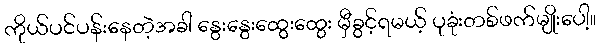
ကိုယ်ပင်ပန်းနေတဲ့အခါ နွေးနွေးထွေးထွေး မှီခွင့်ရမယ့် ပုခုံးတစ်ဖက်မျိုးပေါ့။